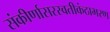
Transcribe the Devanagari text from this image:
संकीर्णासरस्वतीकंठाभरण